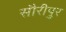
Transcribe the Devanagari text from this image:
सौरीपुर